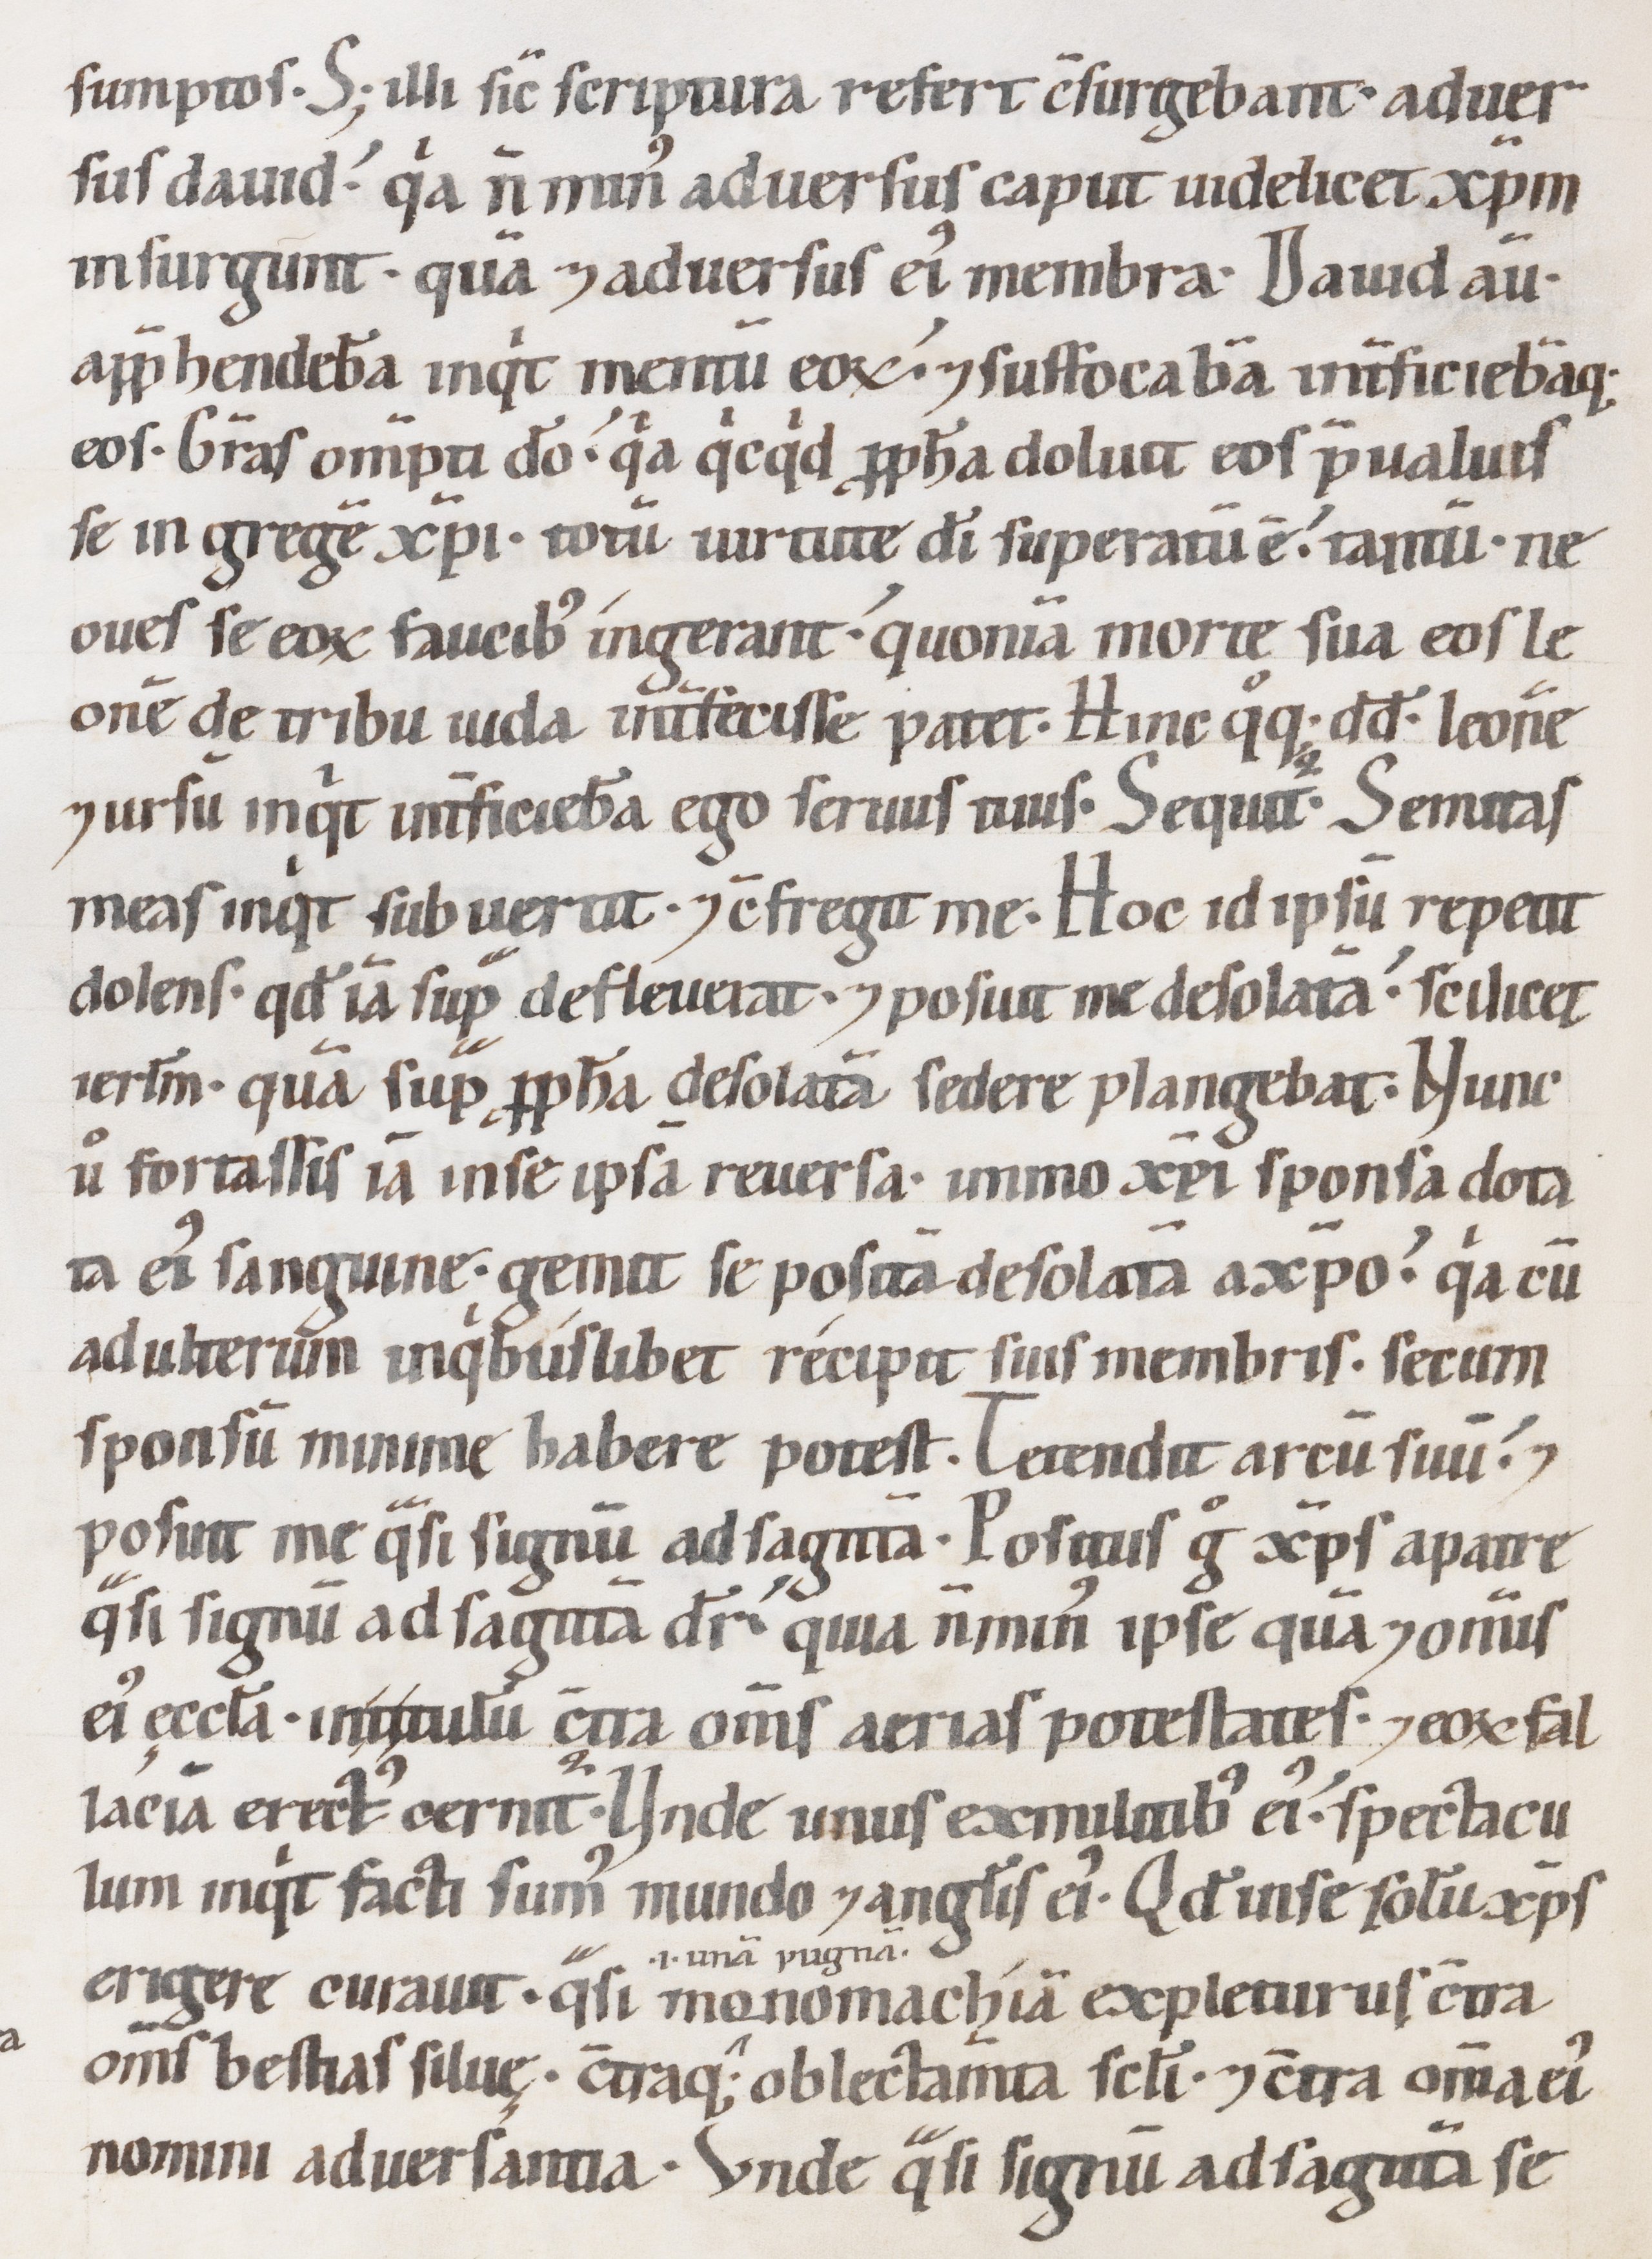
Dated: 1147–1178